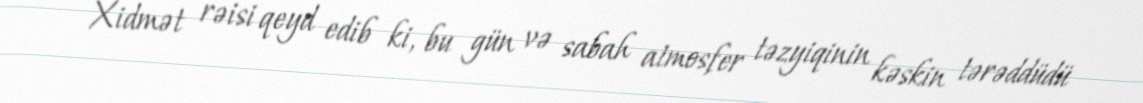
Xidmət rəisi qeyd edib ki, bu gün və sabah atmosfer təzyiqinin kəskin tərəddüdü